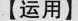
【运用】